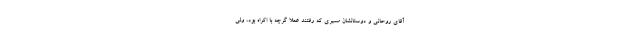
آقای روحانی و دوستانشان مسیری که رفتند عملاً گرچه با اکراه بود، ولی